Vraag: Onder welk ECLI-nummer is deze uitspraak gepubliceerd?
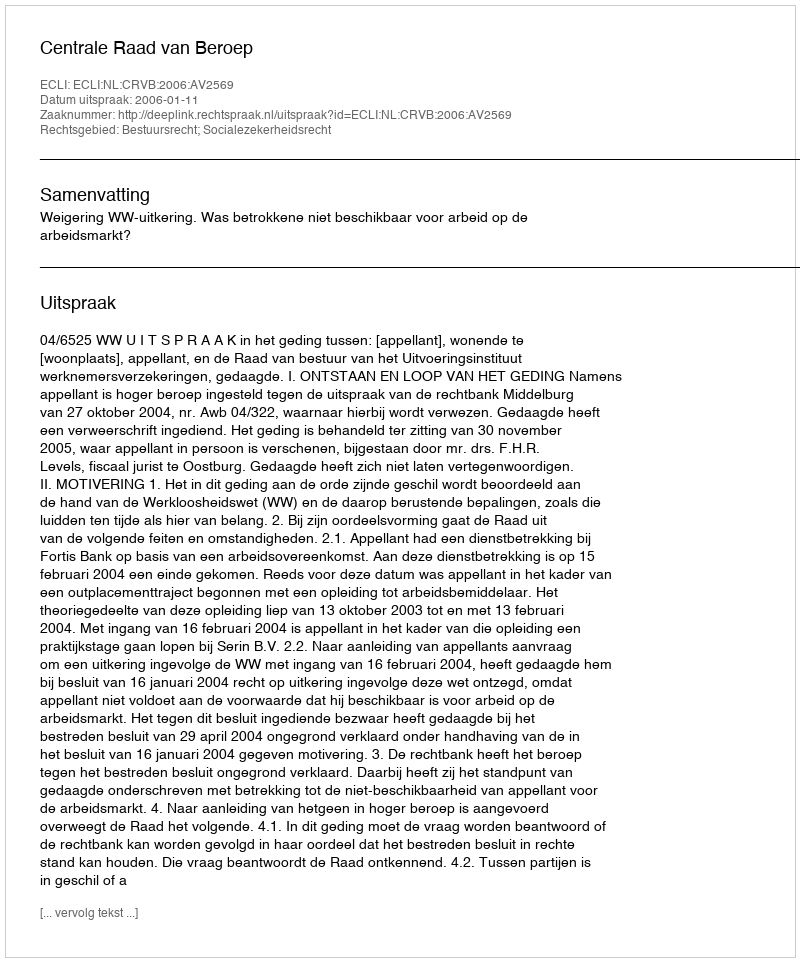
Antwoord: ECLI:NL:CRVB:2006:AV2569